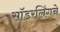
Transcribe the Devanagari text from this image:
सॉडरलिंगने